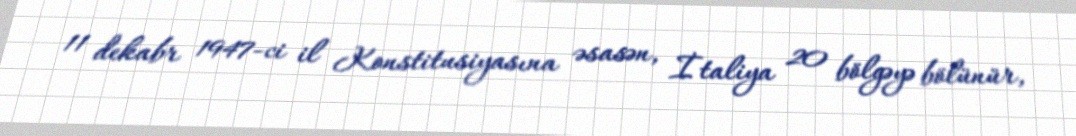
11 dekabr 1947-ci il Konstitusiyasına əsasən, İtaliya 20 bölgəyə bölünür,